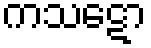
ကသဋော